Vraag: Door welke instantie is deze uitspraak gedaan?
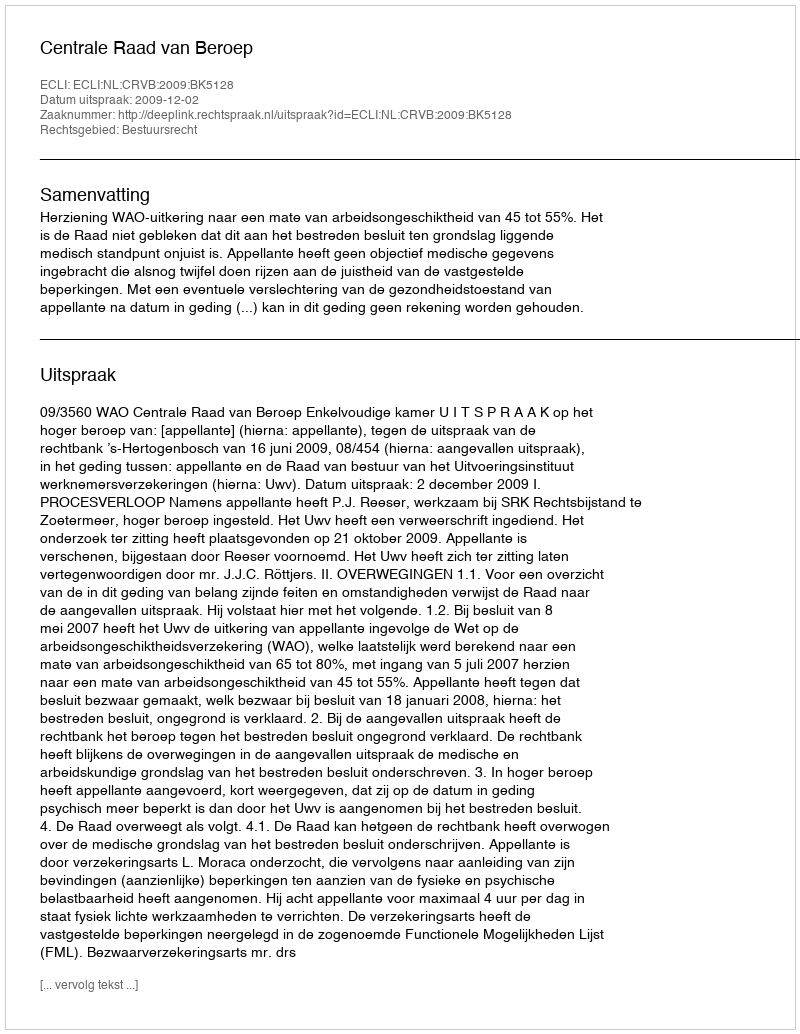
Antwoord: Centrale Raad van Beroep